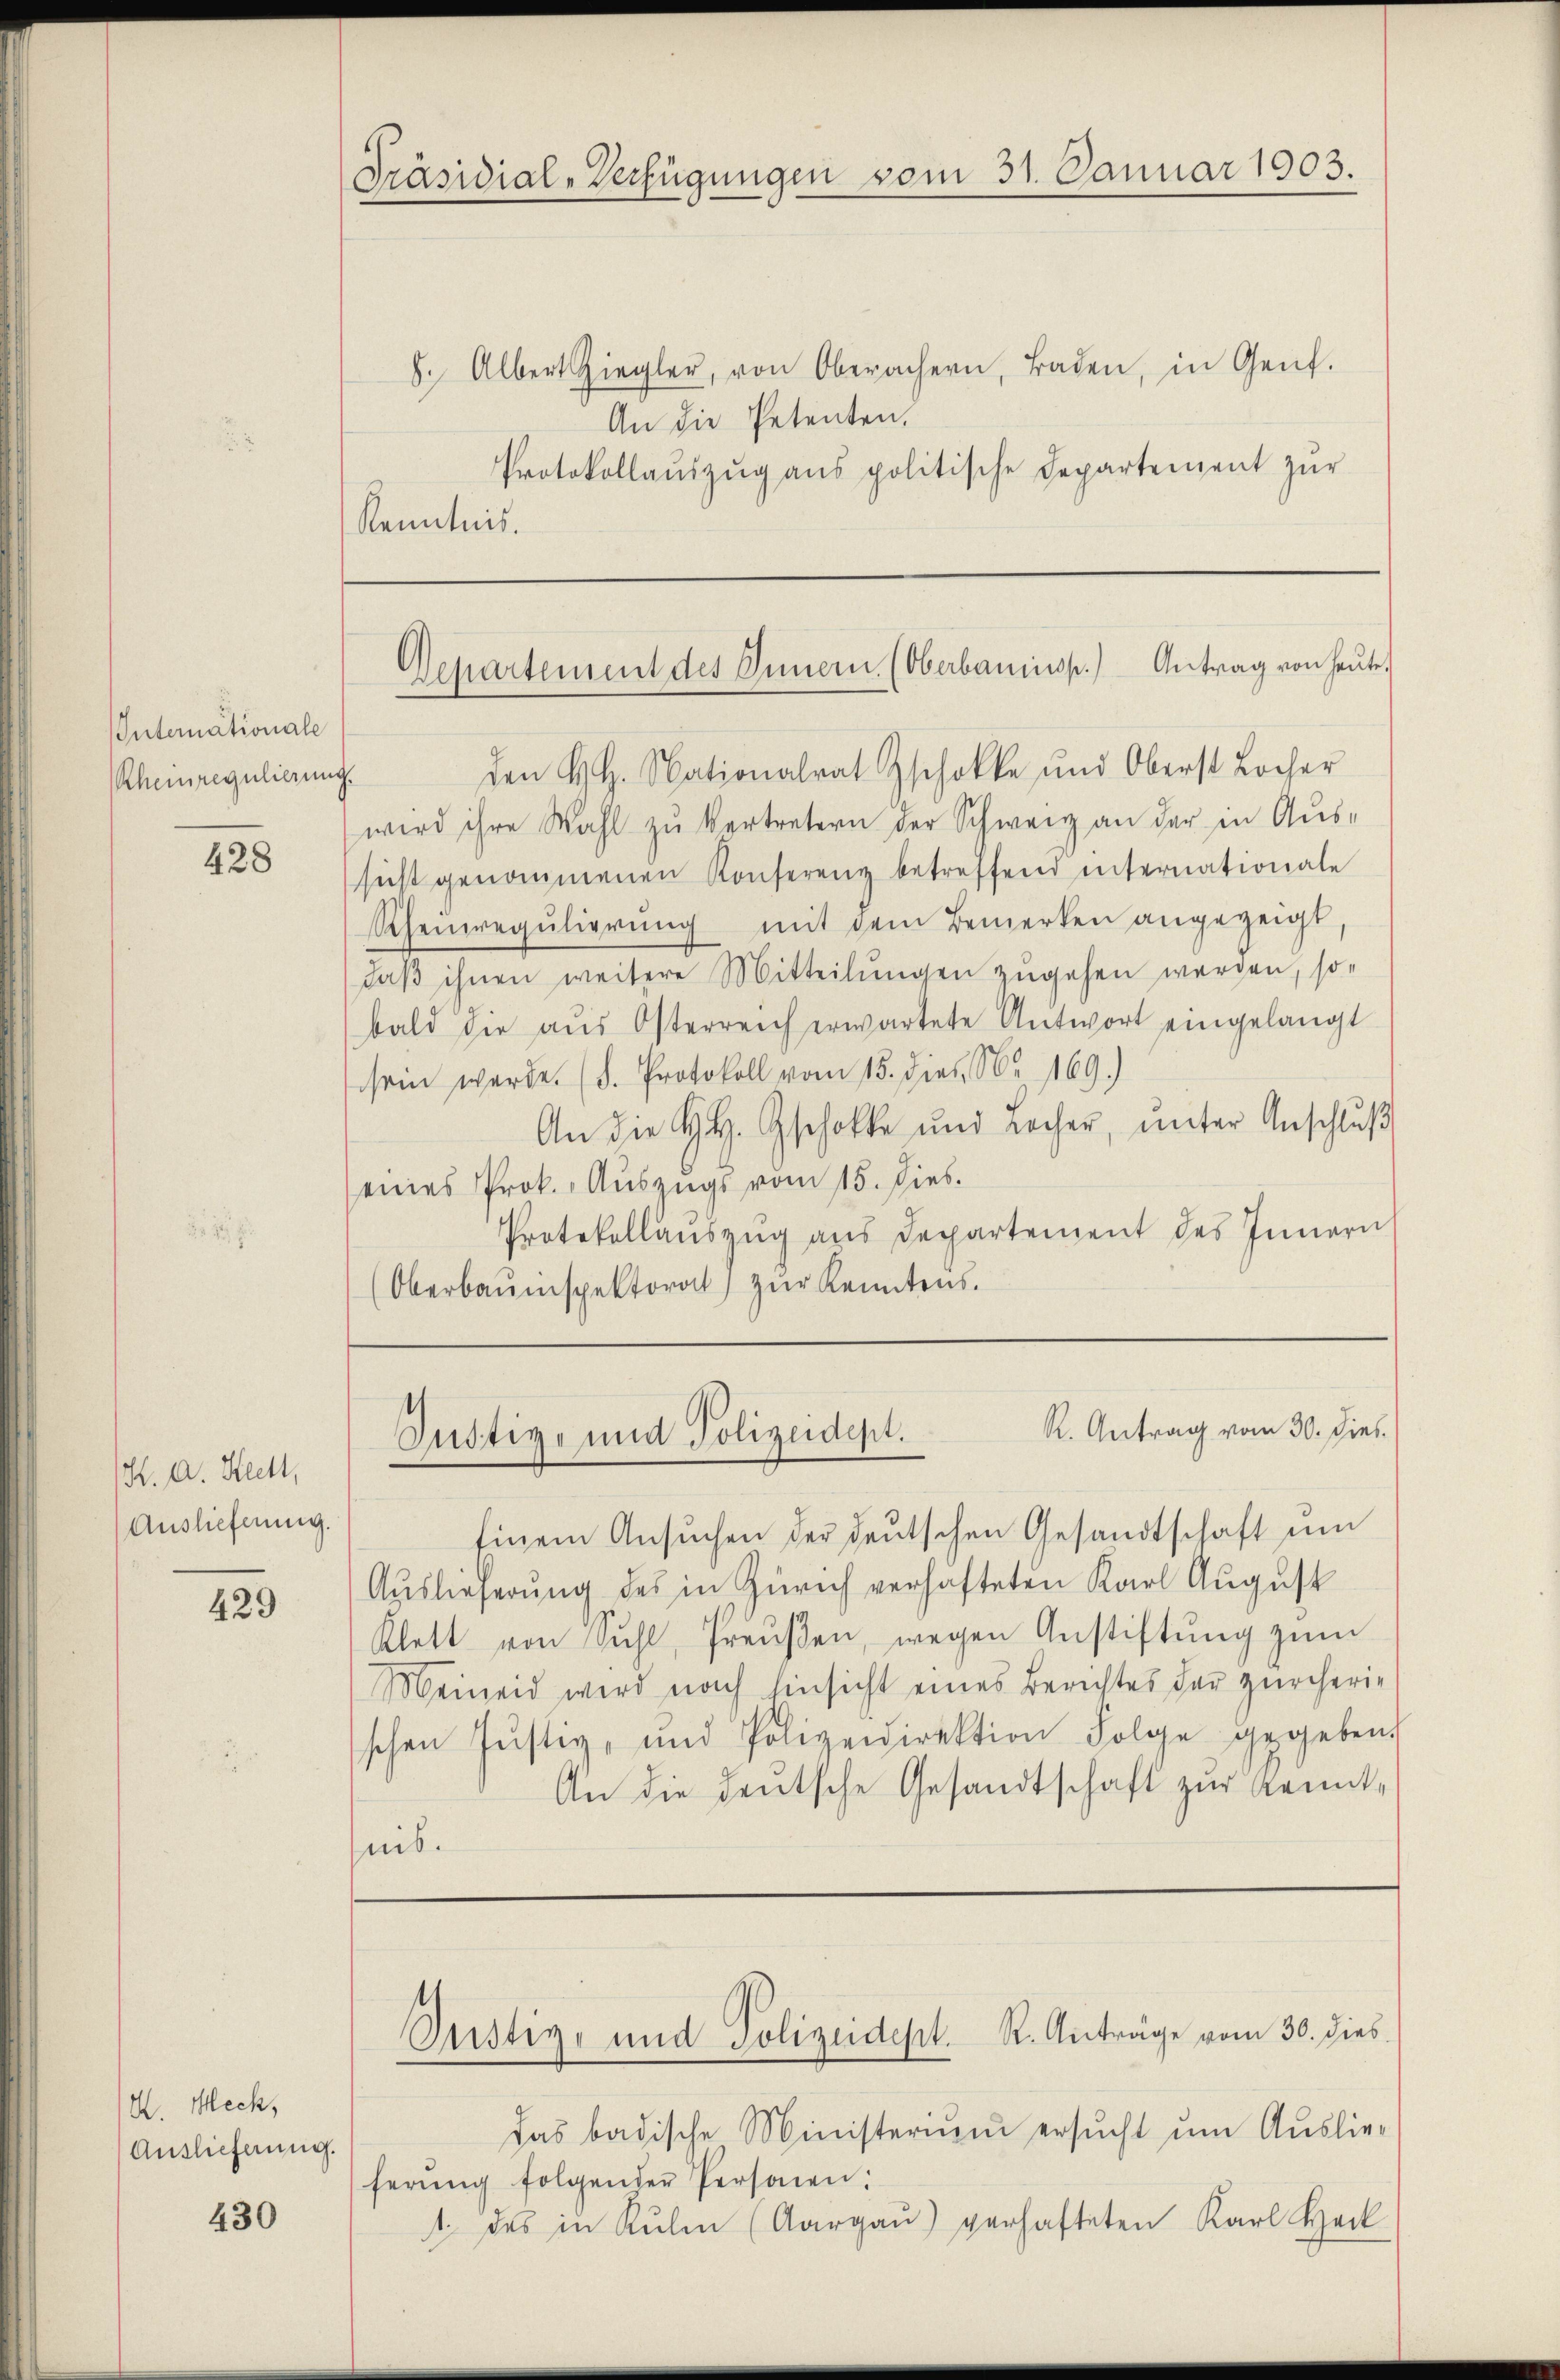
Internationale
Rheinregulierung.

428

K. A. Hett,
Auslieferung.

429

K. Meck,
Auslieferung.

430

8. Albert Ziegler, von Oberachern, Baden, in Genf.
An die Petenten.
Protokollaŭszŭg ans politische Departement zŭr
Kenntnis.

Den H.H. Nationalrat Zschokke und Oberst Locher
wird ihre Wahl zŭ vertretern der Schweiz an der in Aus-
sicht genommenen Konferenz betreffend internationale
Rhenregulierung mit dem Bemerken angezeigt,
daβ ihnen weitere Mitteilŭngen zugehen werden, so-
bald die aŭs Osterreich erwartete Antwort eingelangt
sein werde. (d. Protokoll vom 15. dies N. 169.)
An die H.H. Gschokke und rocher, ŭnter Anschlŭβ
eines Prok. Auszugs vom 15. Dies.
Protokollanszŭg aŭs Departement des Innern
(Oberbauinspektorat zŭr Kenntens.

Präsidial-Verfügungen vom 31. Januar 1903.

Departement des Innern, (Oberbauinsp.) Antrag von heute.

R. Antrag vom 30. Dies
Justiz- und Polizeidept.

Einem Ansŭchen der deutschen Gesandtschaft ŭm
Auslieferung des in Zürich verhafteten Karl August
Klett von Sihl, Preŭβen, wegen Anstiftŭng zŭm
Meineid wird nach hinsicht eines Berichtes der zürcherischen Jŭstiz- und Polizeidirektion Folge gegeben.
An die deutsche Gesandtschaft zur Kenntnib.
Justiz- und Polizeidept. R. Antrage vom 30. dies
das badische Ministerium ersŭcht um Auslie-
herŭng folgender Personen:
1. des in Kŭlen (Aargaŭ) verhafteten Karl Hack